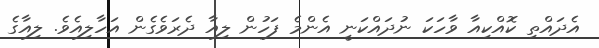
އެދައްތި ކޮއްކިއާ ވާހަކަ ނުދައްކަނީ އެންމެ ފަހުން ލިއާ ދެރަވެގެން އަހާލިއެވެ. ލިއާގެ